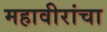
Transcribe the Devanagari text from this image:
महावीरांचा